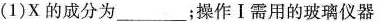
(1)X的成分为___；操作Ⅰ需用的玻璃仪器